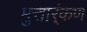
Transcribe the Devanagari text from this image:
मुत्तार्ंकण